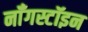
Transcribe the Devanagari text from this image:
नॉँगस्टॉइन